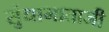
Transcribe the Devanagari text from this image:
सुंधामाताजी